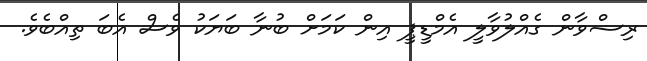
ރިޟްވާން ގެއްލުވާލީ އެމްޑީޕީ އިން ކަމަށް ބުނާ ބަޔަކު ވެސް އެބަ ތިއްބެވެ.